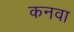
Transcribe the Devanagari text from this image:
कनवा